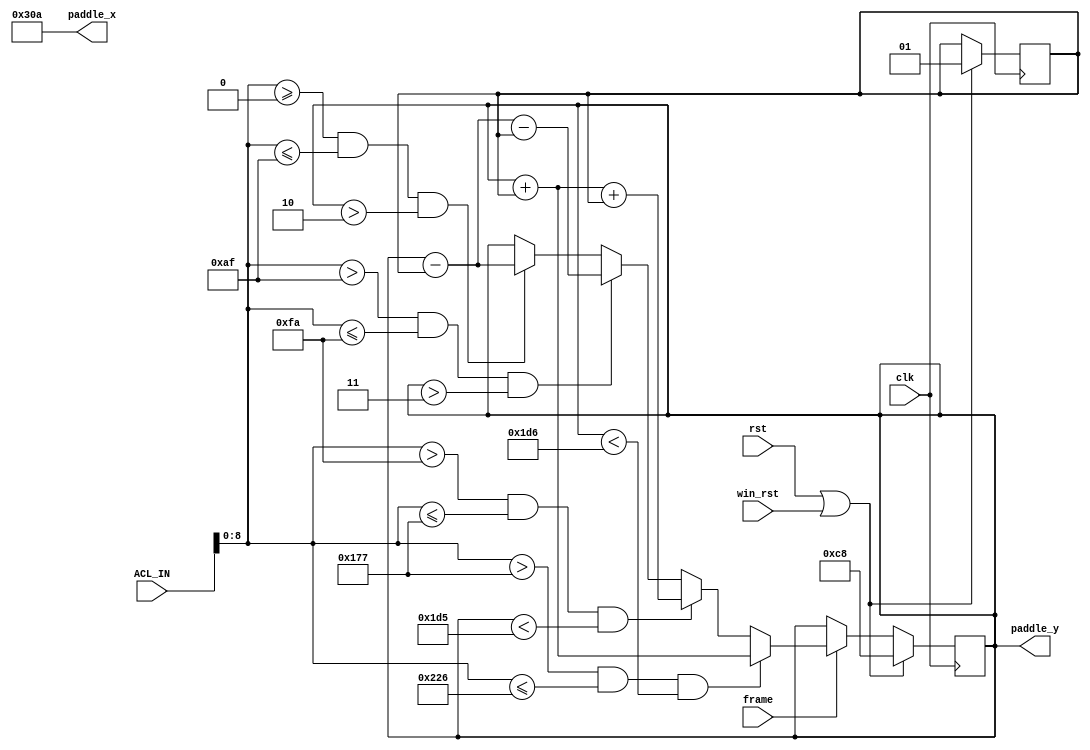
//  ===================================================================================
//  								  Define Module, Inputs and Outputs
//						* Calculate paddle2 movement based on the accelerometer2 *
//  ===================================================================================
module paddle2_movement #(parameter X = 778,  // default X & Y
											   Y = 200 )(
		frame, 
		clk,
		ACL_IN,
		rst,
		win_rst,
		paddle_x,
		paddle_y
);

// ====================================================================================
// 										Port Declarations
// ====================================================================================
	input 		  frame; 
	input 		  clk;
	input [9:0]   ACL_IN;
	input 		  rst;
	input 		  win_rst;
	output [10:0] paddle_x;
	output [9:0]  paddle_y;

// ====================================================================================
// 								Parameters, Register, and Wires
// ====================================================================================
	reg [9:0] 		  paddle_y;
	reg [1:0] 		  v_y;

//  ===================================================================================
// 							  				Implementation
//  ===================================================================================
	
		assign paddle_x = X;

		always @ ( posedge clk)
		begin
			if ( rst == 1 || win_rst == 1 ) 
			begin
				paddle_y <= Y;
				v_y <= 1; // velocity on y axis
			end
			else 
			begin
				if ( frame == 1 ) 
				begin
					if ( (ACL_IN[8:0] >= 0 && ACL_IN[8:0] <= 175) && paddle_y > 2)
						paddle_y <= paddle_y - v_y;
								
					if ( (ACL_IN[8:0] > 175 && ACL_IN[8:0] <= 250) && paddle_y > 3)
						paddle_y <= paddle_y - v_y - v_y;
									 
					if ( (ACL_IN[8:0] > 250 && ACL_IN[8:0] <= 375) && paddle_y < 469)
						paddle_y <= paddle_y + v_y + v_y;
									 
					if ( (ACL_IN[8:0] > 375 && ACL_IN[8:0] <= 550) && paddle_y < 470)
						paddle_y <= paddle_y + v_y;
				end
			end
		end
								  
endmodule